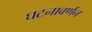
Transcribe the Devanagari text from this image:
घटनावर्णन